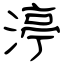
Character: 渟